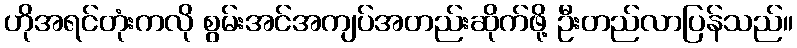
ဟိုအရင်တုံးကလို စွမ်းအင်အကျပ်အတည်းဆိုက်ဖို့ ဦးတည်လာပြန်သည်။